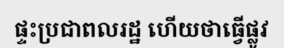
ផ្ទះប្រជាពលរដ្ឋ ហើយថាធ្វើផ្លូវ